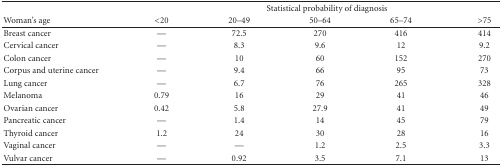
|  | <COLSPAN=5> Statistical probability of diagnosis |
 | Woman's age | <20 | 20–49 | 50–64 | 65–74 | >75 |
 | --- | --- | --- | --- | --- | --- |
 | Breast cancer | — | 72.5 | 270 | 416 | 414 |
 | Cervical cancer | — | 8.3 | 9.6 | 12 | 9.2 |
 | Colon cancer | — | 10 | 60 | 152 | 270 |
 | Corpus and uterine cancer | — | 9.4 | 66 | 95 | 73 |
 | Lung cancer | — | 6.7 | 76 | 265 | 328 |
 | Melanoma | 0.79 | 16 | 29 | 41 | 46 |
 | Ovarian cancer | 0.42 | 5.8 | 27.9 | 41 | 49 |
 | Pancreatic cancer | — | 1.4 | 14 | 45 | 79 |
 | Thyroid cancer | 1.2 | 24 | 30 | 28 | 16 |
 | Vaginal cancer | — | — | 1.2 | 2.5 | 3.3 |
 | Vulvar cancer | — | 0.92 | 3.5 | 7.1 | 13 |